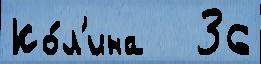
Ко́л'ина   36